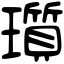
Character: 瓆